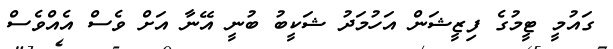
ގައުމީ ޓީމުގެ ފިޒީޝަން އަހުމަދު ޝަކީބު ބުނީ އޭނާ އަށް ވެސް އެއްވެސް